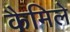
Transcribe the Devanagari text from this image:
कैमिले